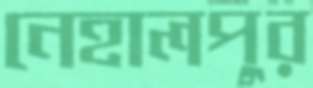
নেহালপুর